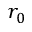
r _ { 0 }